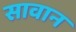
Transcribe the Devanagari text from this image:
सावान